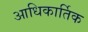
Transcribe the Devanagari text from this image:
आधिकार्तिक